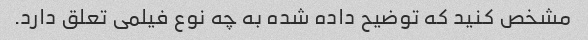
مشخص کنید که توضیح داده شده به چه نوع فیلمی تعلق دارد.